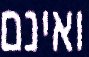
ואינם